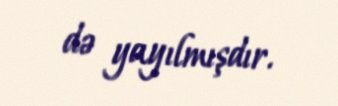
də yayılmışdır.